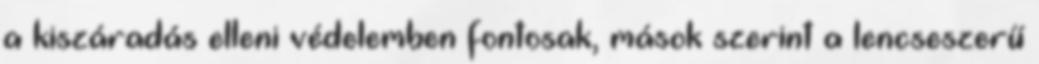
a kiszáradás elleni védelemben fontosak, mások szerint a lencseszerű